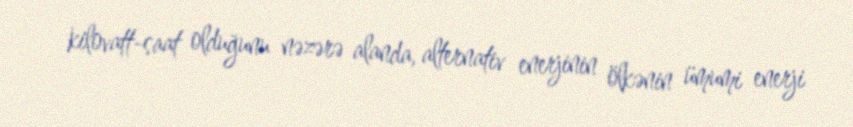
kilovatt-saat olduğunu nəzərə alanda, alternativ enerjinin ölkənin ümumi enerji